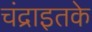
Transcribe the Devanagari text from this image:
चंद्राइतके